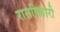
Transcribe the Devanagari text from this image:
रासविहारी